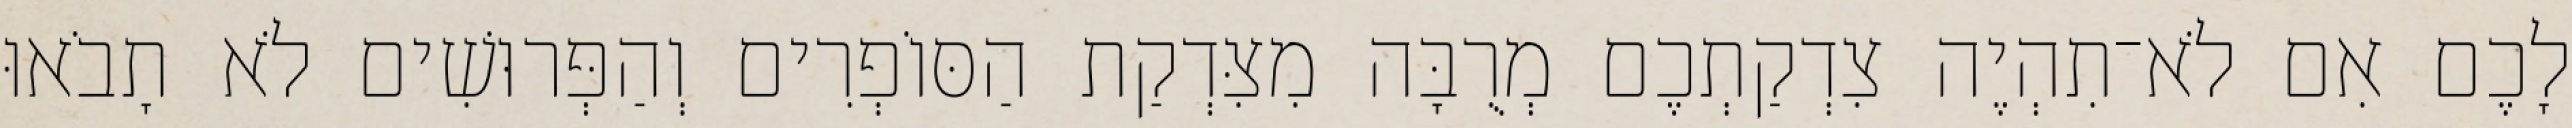
לָכֶם אִם לֹא־תִהְיֶה צִדְקַתְכֶם מְרֻבָּה מִצִּדְקַת הַסּוֹפְרִים וְהַפְּרוּשִׁים לֹא תָבֹאוּ